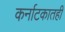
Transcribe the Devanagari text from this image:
कर्नाटकातही